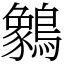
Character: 䴂